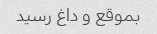
بموقع و داغ رسید